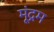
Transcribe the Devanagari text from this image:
मूंद्रम